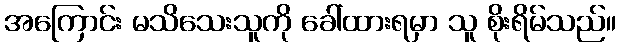
အကြောင်း မသိသေးသူကို ခေါ်ထားရမှာ သူ စိုးရိမ်သည်။